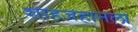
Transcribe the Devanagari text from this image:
शाहजहानला